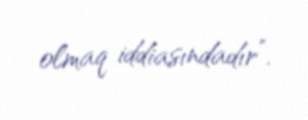
olmaq iddiasındadır”.